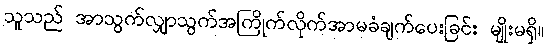
သူသည် အာသွက်လျှာသွက်အကြိုက်လိုက်အာမခံချက်ပေးခြင်း မျိုးမရှိ။